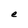
Character: e